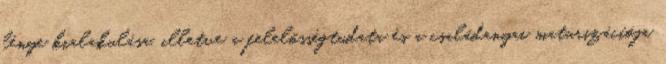
lénye kialakulása, illetve a felelõsségtudata és a családanyai maturizácíója